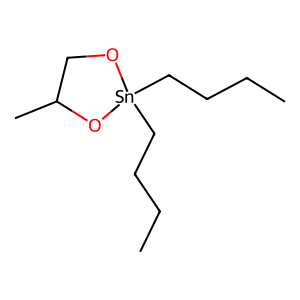
SMILES: CCCC[Sn]1(CCCC)OCC(C)O1
Inhibits HIV replication: No